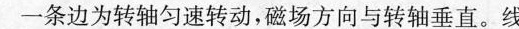
一条边为转轴匀速转动，磁场方向与转轴垂直。线